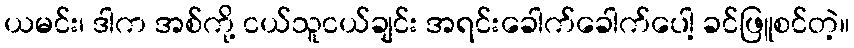
ယမင်း၊ ဒါက အစ်ကို့ ငယ်သူငယ်ချင်း အရင်းခေါက်ခေါက်ပေါ့ ခင်ဖြူစင်တဲ့။